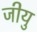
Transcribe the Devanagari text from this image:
जीयु